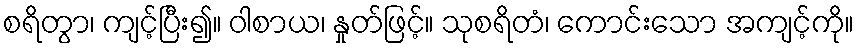
စရိတွာ၊ ကျင့်ပြီး၍။ ဝါစာယ၊ နှုတ်ဖြင့်။ သုစရိတံ၊ ကောင်းသော အကျင့်ကို။